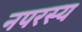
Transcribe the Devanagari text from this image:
नपरस्य